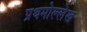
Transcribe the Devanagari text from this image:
प्रथमोल्लेख